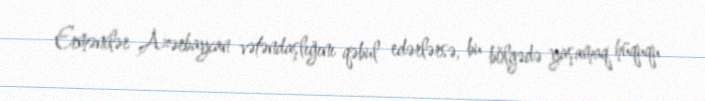
Ermənilər Azərbaycan vətəndaşlığını qəbul edərlərsə, bu bölgədə yaşamaq hüququ